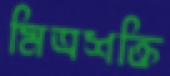
মিত্রশক্তি